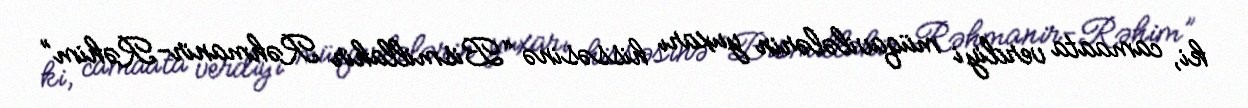
ki, camaata verdiyi müqavilələrin yuxarı hissəsinə “Bismillahir Rəhmanir-Rəhim”